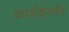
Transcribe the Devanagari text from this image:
कार्यकर्ताएं